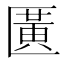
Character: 𫧖